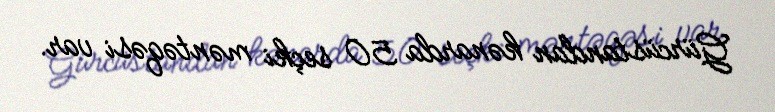
Gürcüstandan kənarda 50 seçki məntəqəsi var.